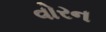
વોરન